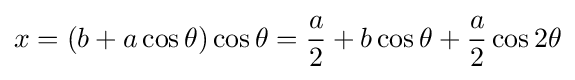
x=(b+a\cos \theta )\cos \theta ={a \over 2}+b\cos \theta +{a \over 2}\cos 2\theta